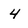
Character: 4